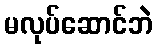
မလုပ်ဆောင်ဘဲ